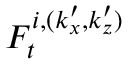
F _ { t } ^ { i , ( k _ { x } ^ { \prime } , k _ { z } ^ { \prime } ) }